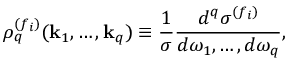
\rho _ { q } ^ { ( f _ { i } ) } ( { \bf k } _ { 1 } , \ldots , { \bf k } _ { q } ) \equiv \frac { 1 } { \sigma } \frac { d ^ { q } \sigma ^ { ( f _ { i } ) } } { d \omega _ { 1 } , \ldots , d \omega _ { q } } ,